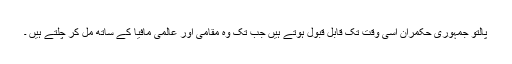
پالتو جمہوری حکمران اسی وقت تک قابل قبول ہوتے ہیں جب تک وہ مقامی اور عالمی مافیا کے ساتھ مل کر چلتے ہیں ۔